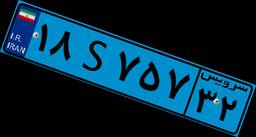
۱۸S۷۵۷۳۲